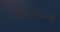
કલવાડા